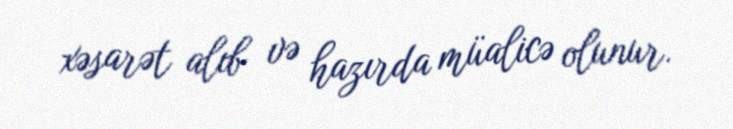
xəsarət alıb və hazırda müalicə olunur.